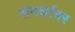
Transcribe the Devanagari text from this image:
समर्थावर